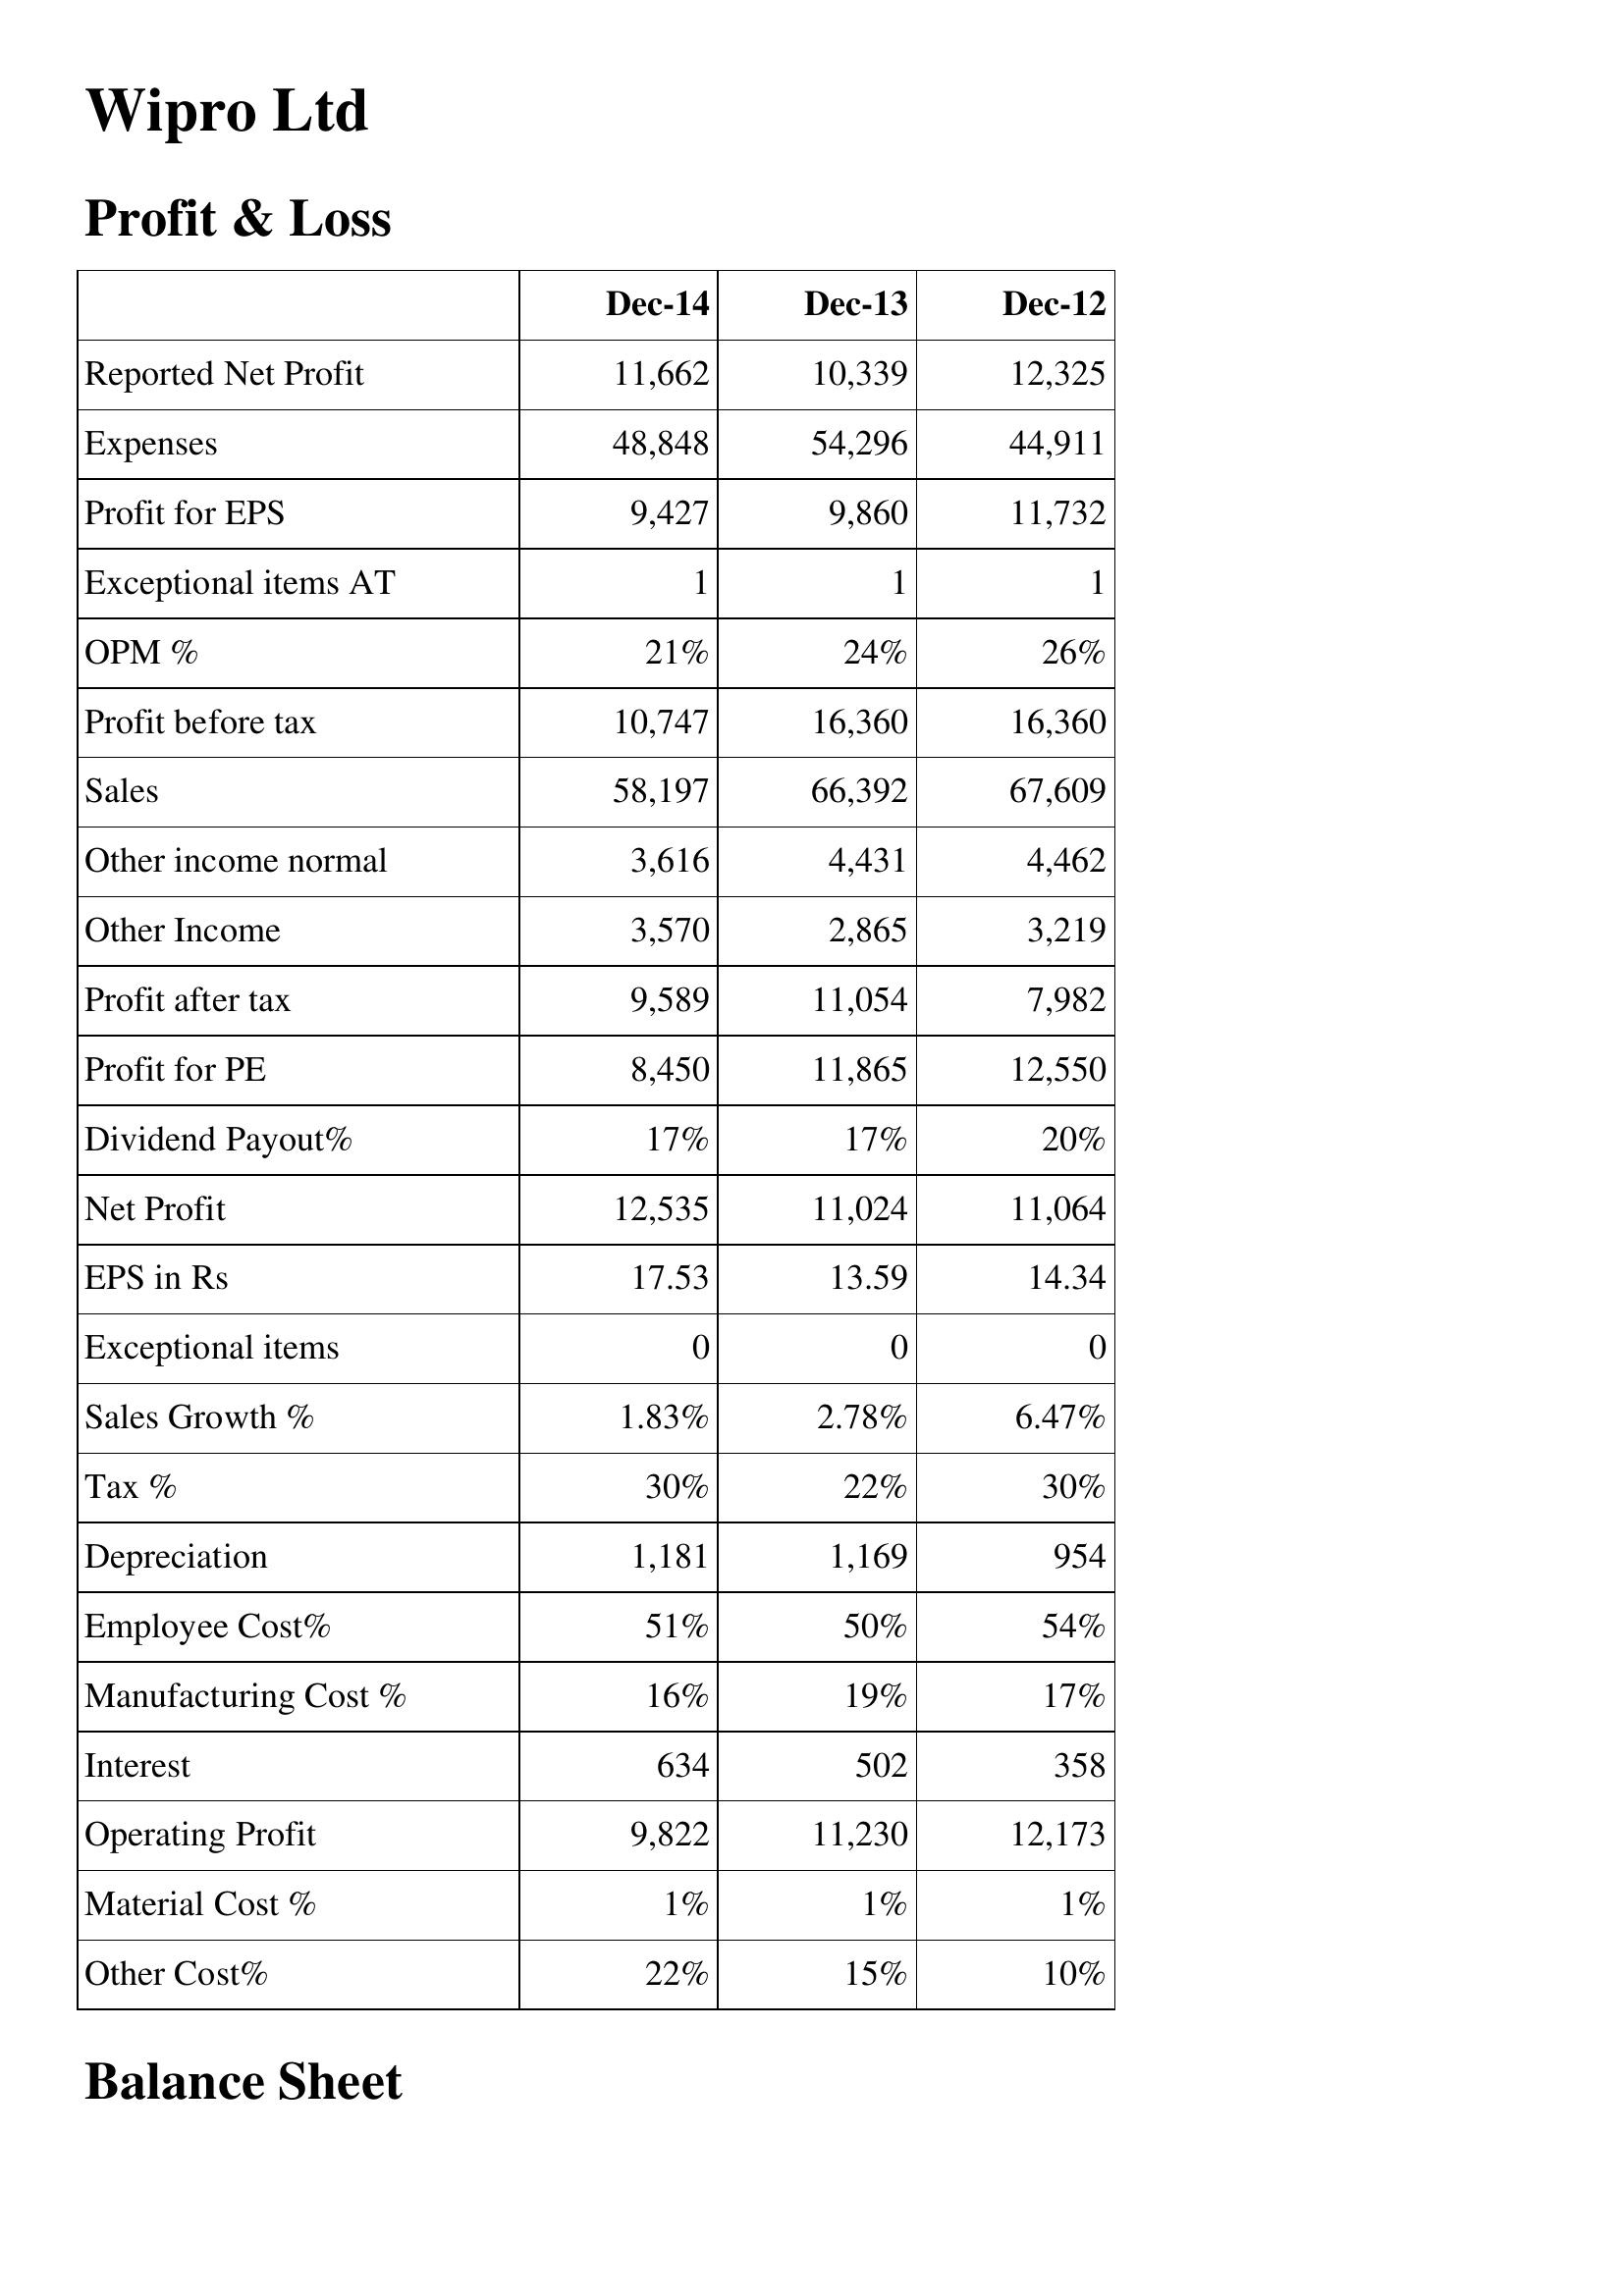
Dec-14: Profit & Loss: Reported Net Profit: 11,662
Expenses: 48,848
Profit for EPS: 9,427
Exceptional items AT: 1
OPM %: 21%
Profit before tax: 10,747
Sales: 58,197
Other income normal: 3,616
Other Income: 3,570
Profit after tax: 9,589
Profit for PE: 8,450
Dividend Payout%: 17%
Net Profit: 12,535
EPS in Rs: 17.53
Exceptional items: 0
Sales Growth %: 1.83%
Tax %: 30%
Depreciation: 1,181
Employee Cost%: 51%
Manufacturing Cost %: 16%
Interest: 634
Operating Profit: 9,822
Material Cost %: 1%
Other Cost%: 22%
Dec-13: Profit & Loss: Reported Net Profit: 10,339
Expenses: 54,296
Profit for EPS: 9,860
Exceptional items AT: 1
OPM %: 24%
Profit before tax: 16,360
Sales: 66,392
Other income normal: 4,431
Other Income: 2,865
Profit after tax: 11,054
Profit for PE: 11,865
Dividend Payout%: 17%
Net Profit: 11,024
EPS in Rs: 13.59
Exceptional items: 0
Sales Growth %: 2.78%
Tax %: 22%
Depreciation: 1,169
Employee Cost%: 50%
Manufacturing Cost %: 19%
Interest: 502
Operating Profit: 11,230
Material Cost %: 1%
Other Cost%: 15%
Dec-12: Profit & Loss: Reported Net Profit: 12,325
Expenses: 44,911
Profit for EPS: 11,732
Exceptional items AT: 1
OPM %: 26%
Profit before tax: 16,360
Sales: 67,609
Other income normal: 4,462
Other Income: 3,219
Profit after tax: 7,982
Profit for PE: 12,550
Dividend Payout%: 20%
Net Profit: 11,064
EPS in Rs: 14.34
Exceptional items: 0
Sales Growth %: 6.47%
Tax %: 30%
Depreciation: 954
Employee Cost%: 54%
Manufacturing Cost %: 17%
Interest: 358
Operating Profit: 12,173
Material Cost %: 1%
Other Cost%: 10%